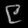
Digit: ၉